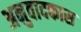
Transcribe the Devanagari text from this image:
अनुवादकास